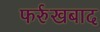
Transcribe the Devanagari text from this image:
फर्रुखबाद